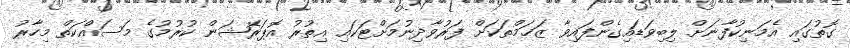
ގޮތުގައި އެމަނިކުފާނަށް ލިބިވަޑައިގެންފައިވާ ޒަޚަމްތަކަށް ފަރުވާދިނުމަށްޓަކައި އިތުރު އޮޕަރޭޝަން ކުރުމުގެ މަސައްކަތް މިހާރު